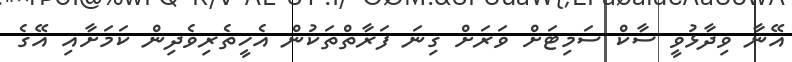
އޭނާ ވިދާޅުވީ ސާކް ސަމިޓަށް ވަރަށް ގިނަ ފަރާތްތަކުން އެހީތެރިވެދިން ކަމަށާއި އޭގެ